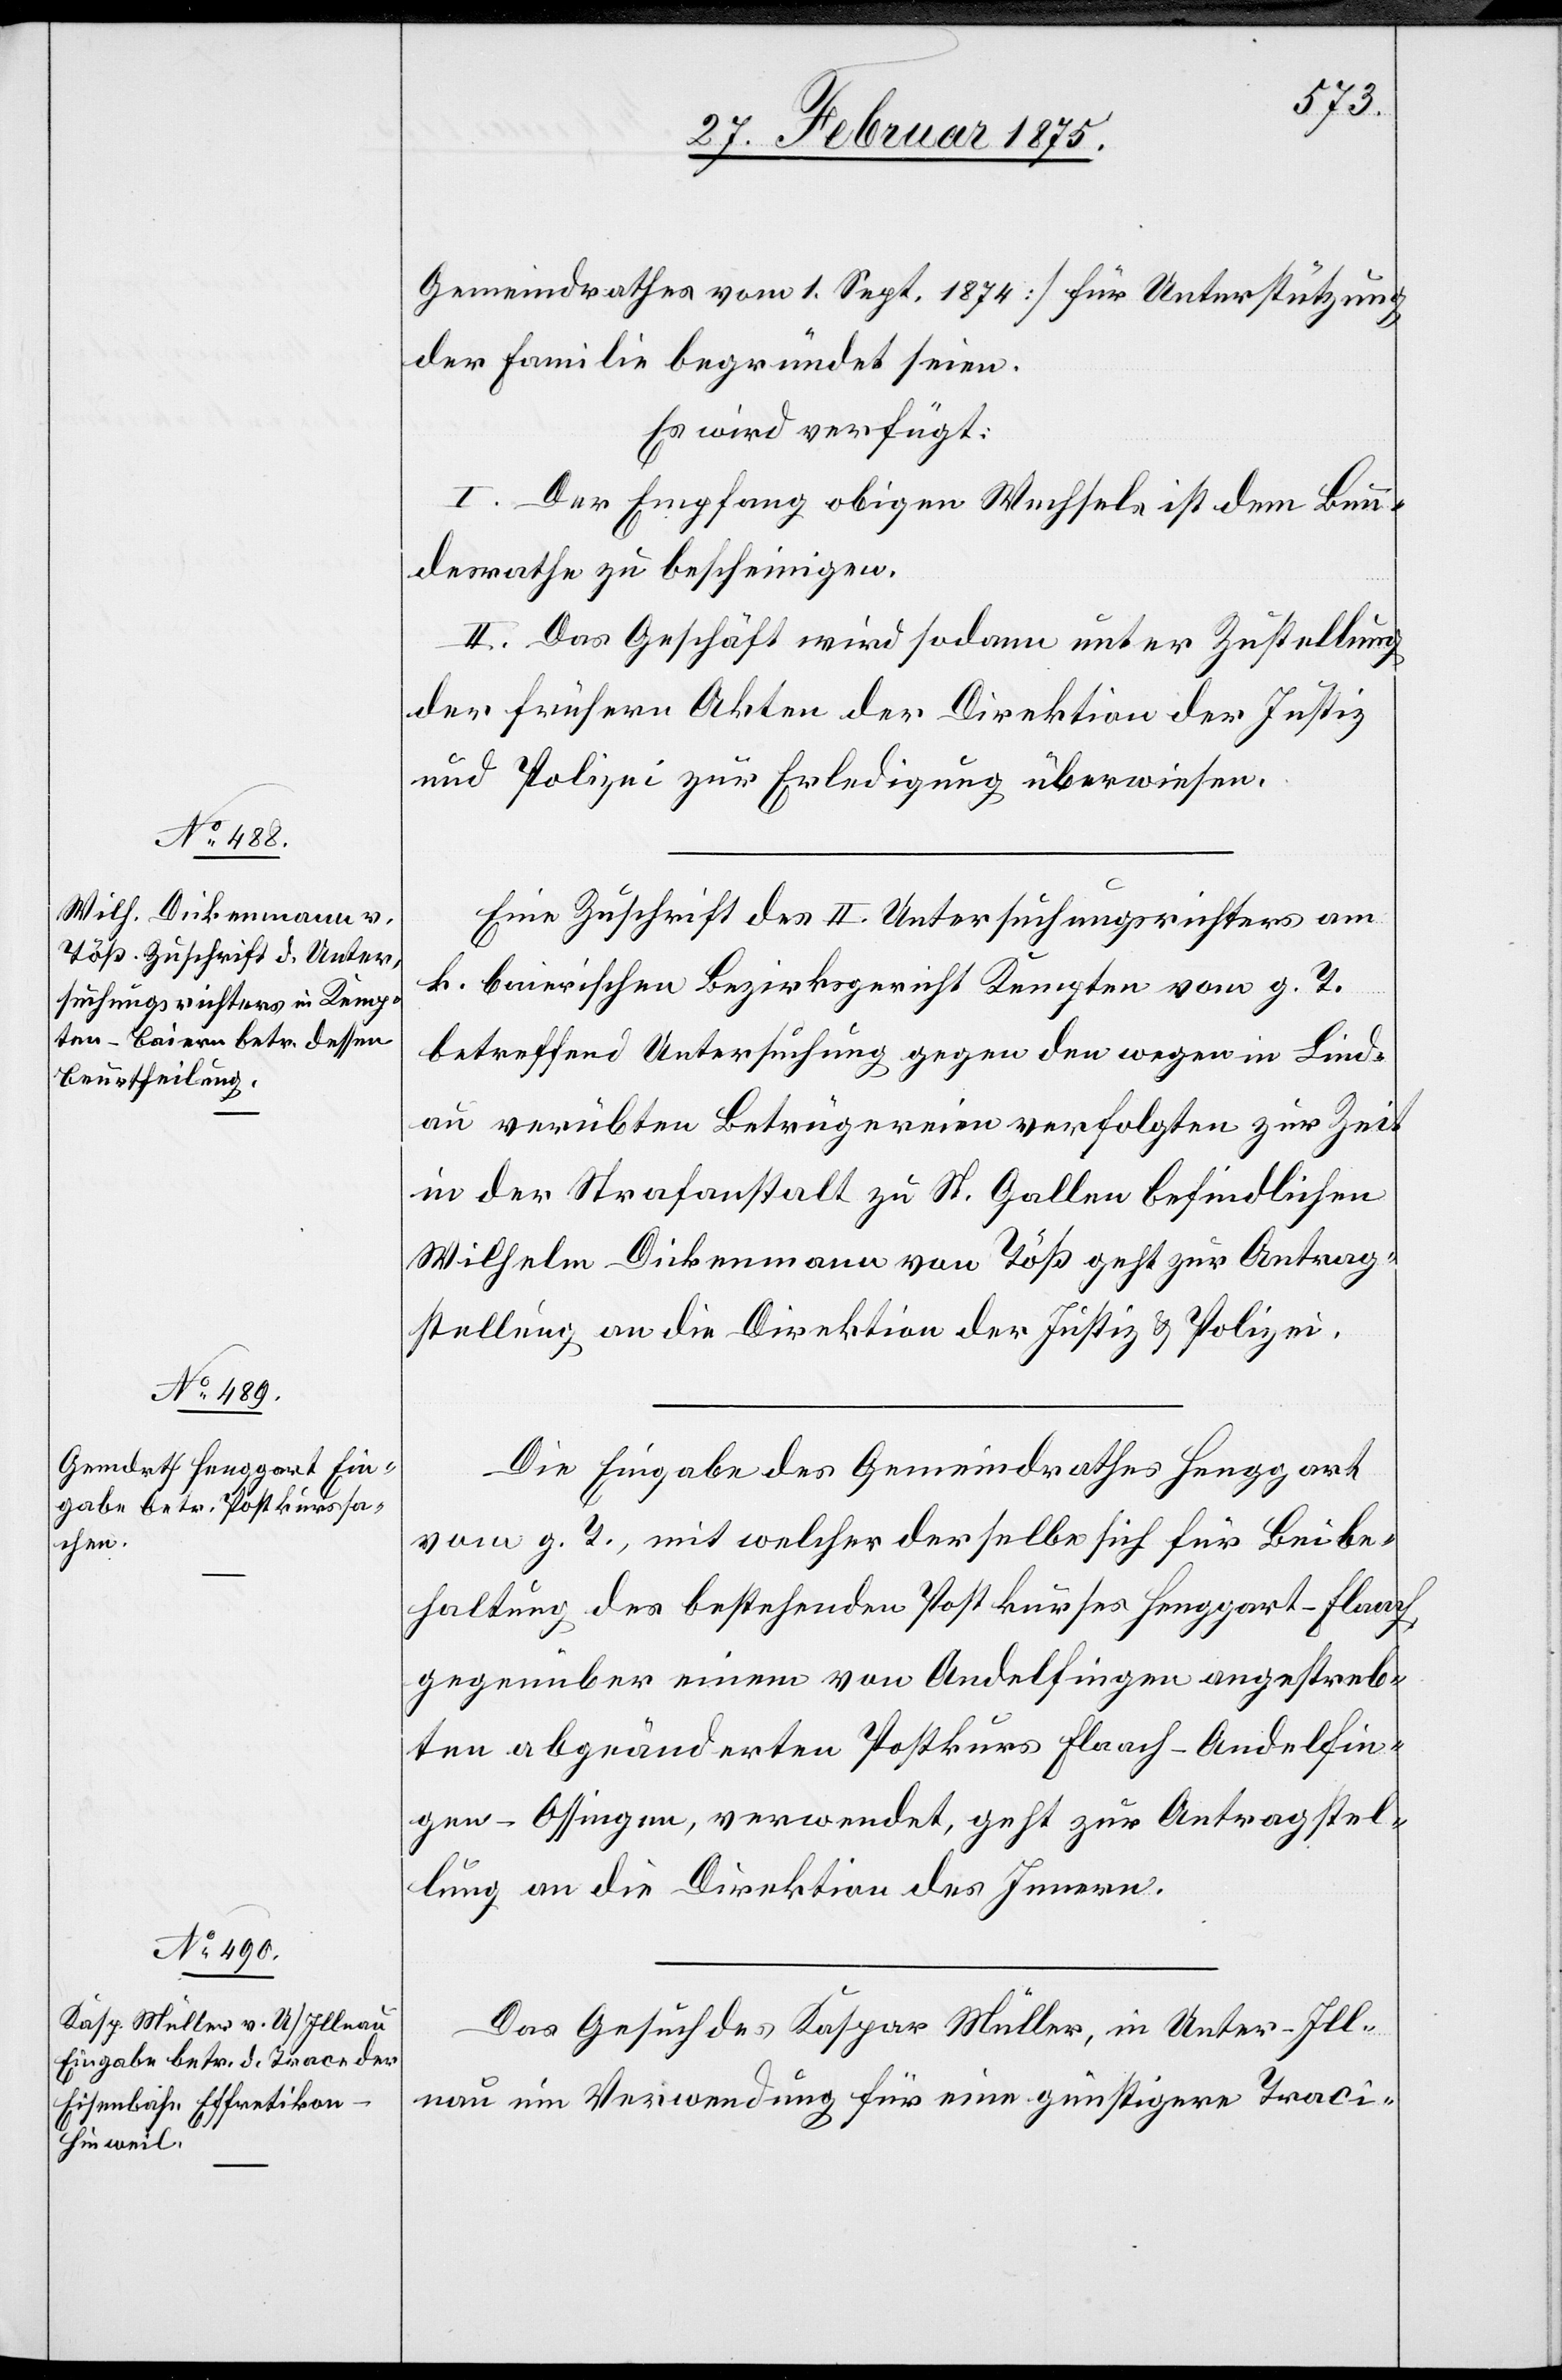
Eine Zuschrift des II. Untersuchungsrichters am
k. baierischen Bezirksgericht Kempten vom g. T.
betreffend Untersuchung gegen den wegen in Lind¬
au verübten Betrügereien verfolgten zur Zeit
in der Strafanstalt zu St. Gallen befindlichen
Wilhelm Dickenmann von Töß geht zur Antrag¬
stellung an die Direktion der Justiz u. Polizei.
Die Eingabe des Gemeindrathes Henggart
vom g. T., mit welcher derselbe sich für Beibe¬
haltung des bestehenden Postkurses Henggart–Flaach,
gegenüber einem von Andelfingen angestreb¬
ten abgeänderten Postkurs Flaach–Andelfin¬
gen–Ossingen, verwendet, geht zur Antragstel¬
lung an die Direktion des Innern.
Das Gesuch des Kaspar Müller, in Unter–Ill¬
nau um Verwendung für eine günstigere Traci-